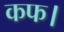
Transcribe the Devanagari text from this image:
कफ।